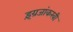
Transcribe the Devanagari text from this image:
इंग्रजांकरवी